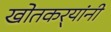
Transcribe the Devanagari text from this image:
खोतकर्‍यांनी